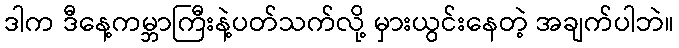
ဒါက ဒီနေ့ကမ္ဘာကြီးနဲ့ပတ်သက်လို့ မှားယွင်းနေတဲ့ အချက်ပါဘဲ။